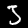
Digit: 3